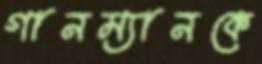
গানম্যানকে